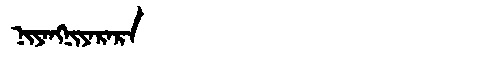
Manchu: ᠨᡳᠶᠠᠩᠨᡳᠶᠠᡵᠠᡵᠠ
Romanization: NIYANGNIYARARA